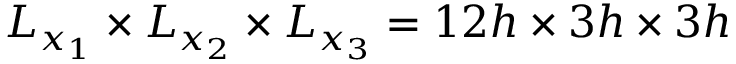
L _ { x _ { 1 } } \times L _ { x _ { 2 } } \times L _ { x _ { 3 } } = 1 2 h \times 3 h \times 3 h